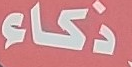
ذكاء